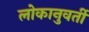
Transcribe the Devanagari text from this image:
लोकानुवर्ती